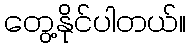
တွေ့နိုင်ပါတယ်။